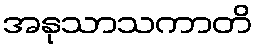
အနုသာသကာတိ